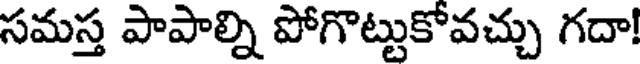
సమస్త పాపాల్ని పోగొట్టుకోవచ్చు గదా!